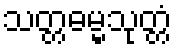
သတ္တဓမ္မသုတ္တံ